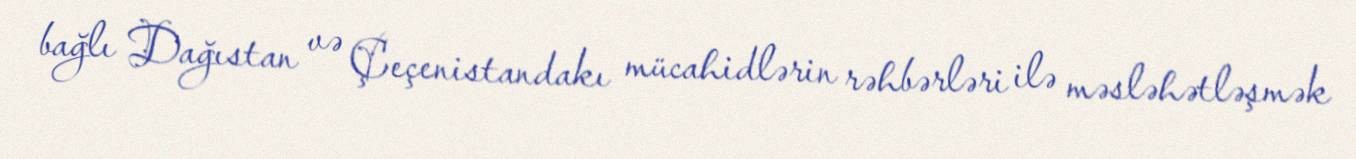
bağlı Dağıstan və Çeçenistandakı mücahidlərin rəhbərləri ilə məsləhətləşmək